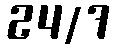
24/7